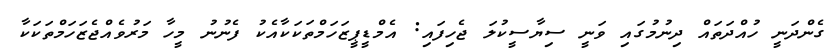
ގެންދަނީ ހުއްދަތައް ދިނުމުގައި ވަނީ ސިޔާސީކުލަ ޖެހިފައި: އެމްޑީޕީޒަހަމްތަކަކާއެކު ފެނުނު މީހާ މަރުވެއްޖެޒަހަމްތަކަކާ